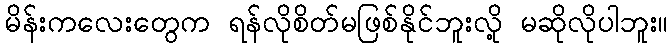
မိန်းကလေးတွေက ရန်လိုစိတ်မဖြစ်နိုင်ဘူးလို့ မဆိုလိုပါဘူး။